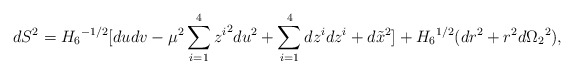
\begin{align*}dS^2 = {H_6}^{-1/2} [ du dv - \mu^2\sum_{i=1}^4 {z^i}^2 du^2 + \sum_{i=1}^4 dz^i dz^i + d\tilde x^2 ] + {H_6}^{1/2} (dr^2 + r^2 d{\Omega_2}^2),\end{align*}